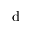
\mathrm { d }